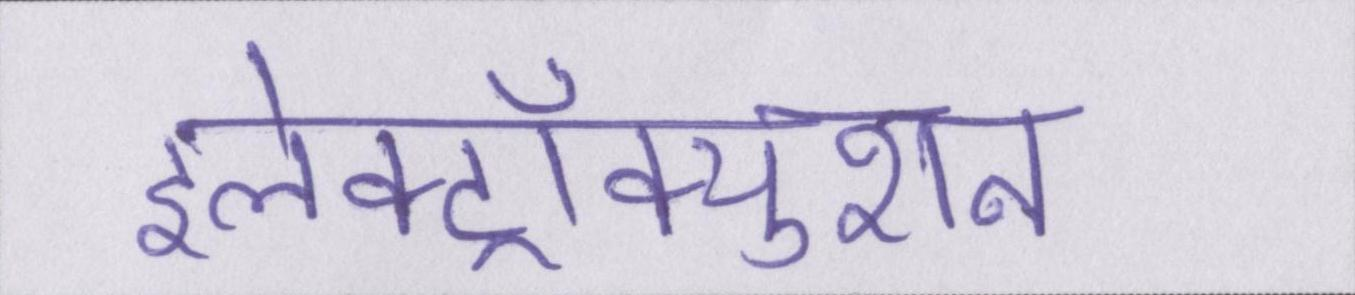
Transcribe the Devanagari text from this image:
इलेक्ट्रॉक्युशन